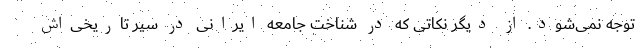
توجه نمی‌شود. از دیگر نکاتی که در شناخت جامعه ایرانی در سیر تاریخی‌اش